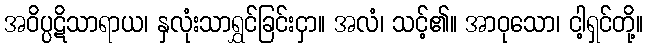
အဝိပ္ပဋိသာရာယ၊ နှလုံးသာရွှင်ခြင်းငှာ။ အလံ၊ သင့်၏။ အာဝုသော၊ ငါ့ရှင်တို့။